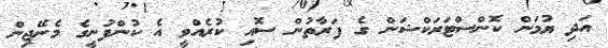
އަދި ޔުމަން ކޮންސްޓަރަކްޝަން ގެ ފަރާތުން ސޮއި ކުރެއްވީ އެ ކުންފުނީގެ މެނޭޖިން